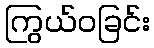
ကြွယ်ဝခြင်း